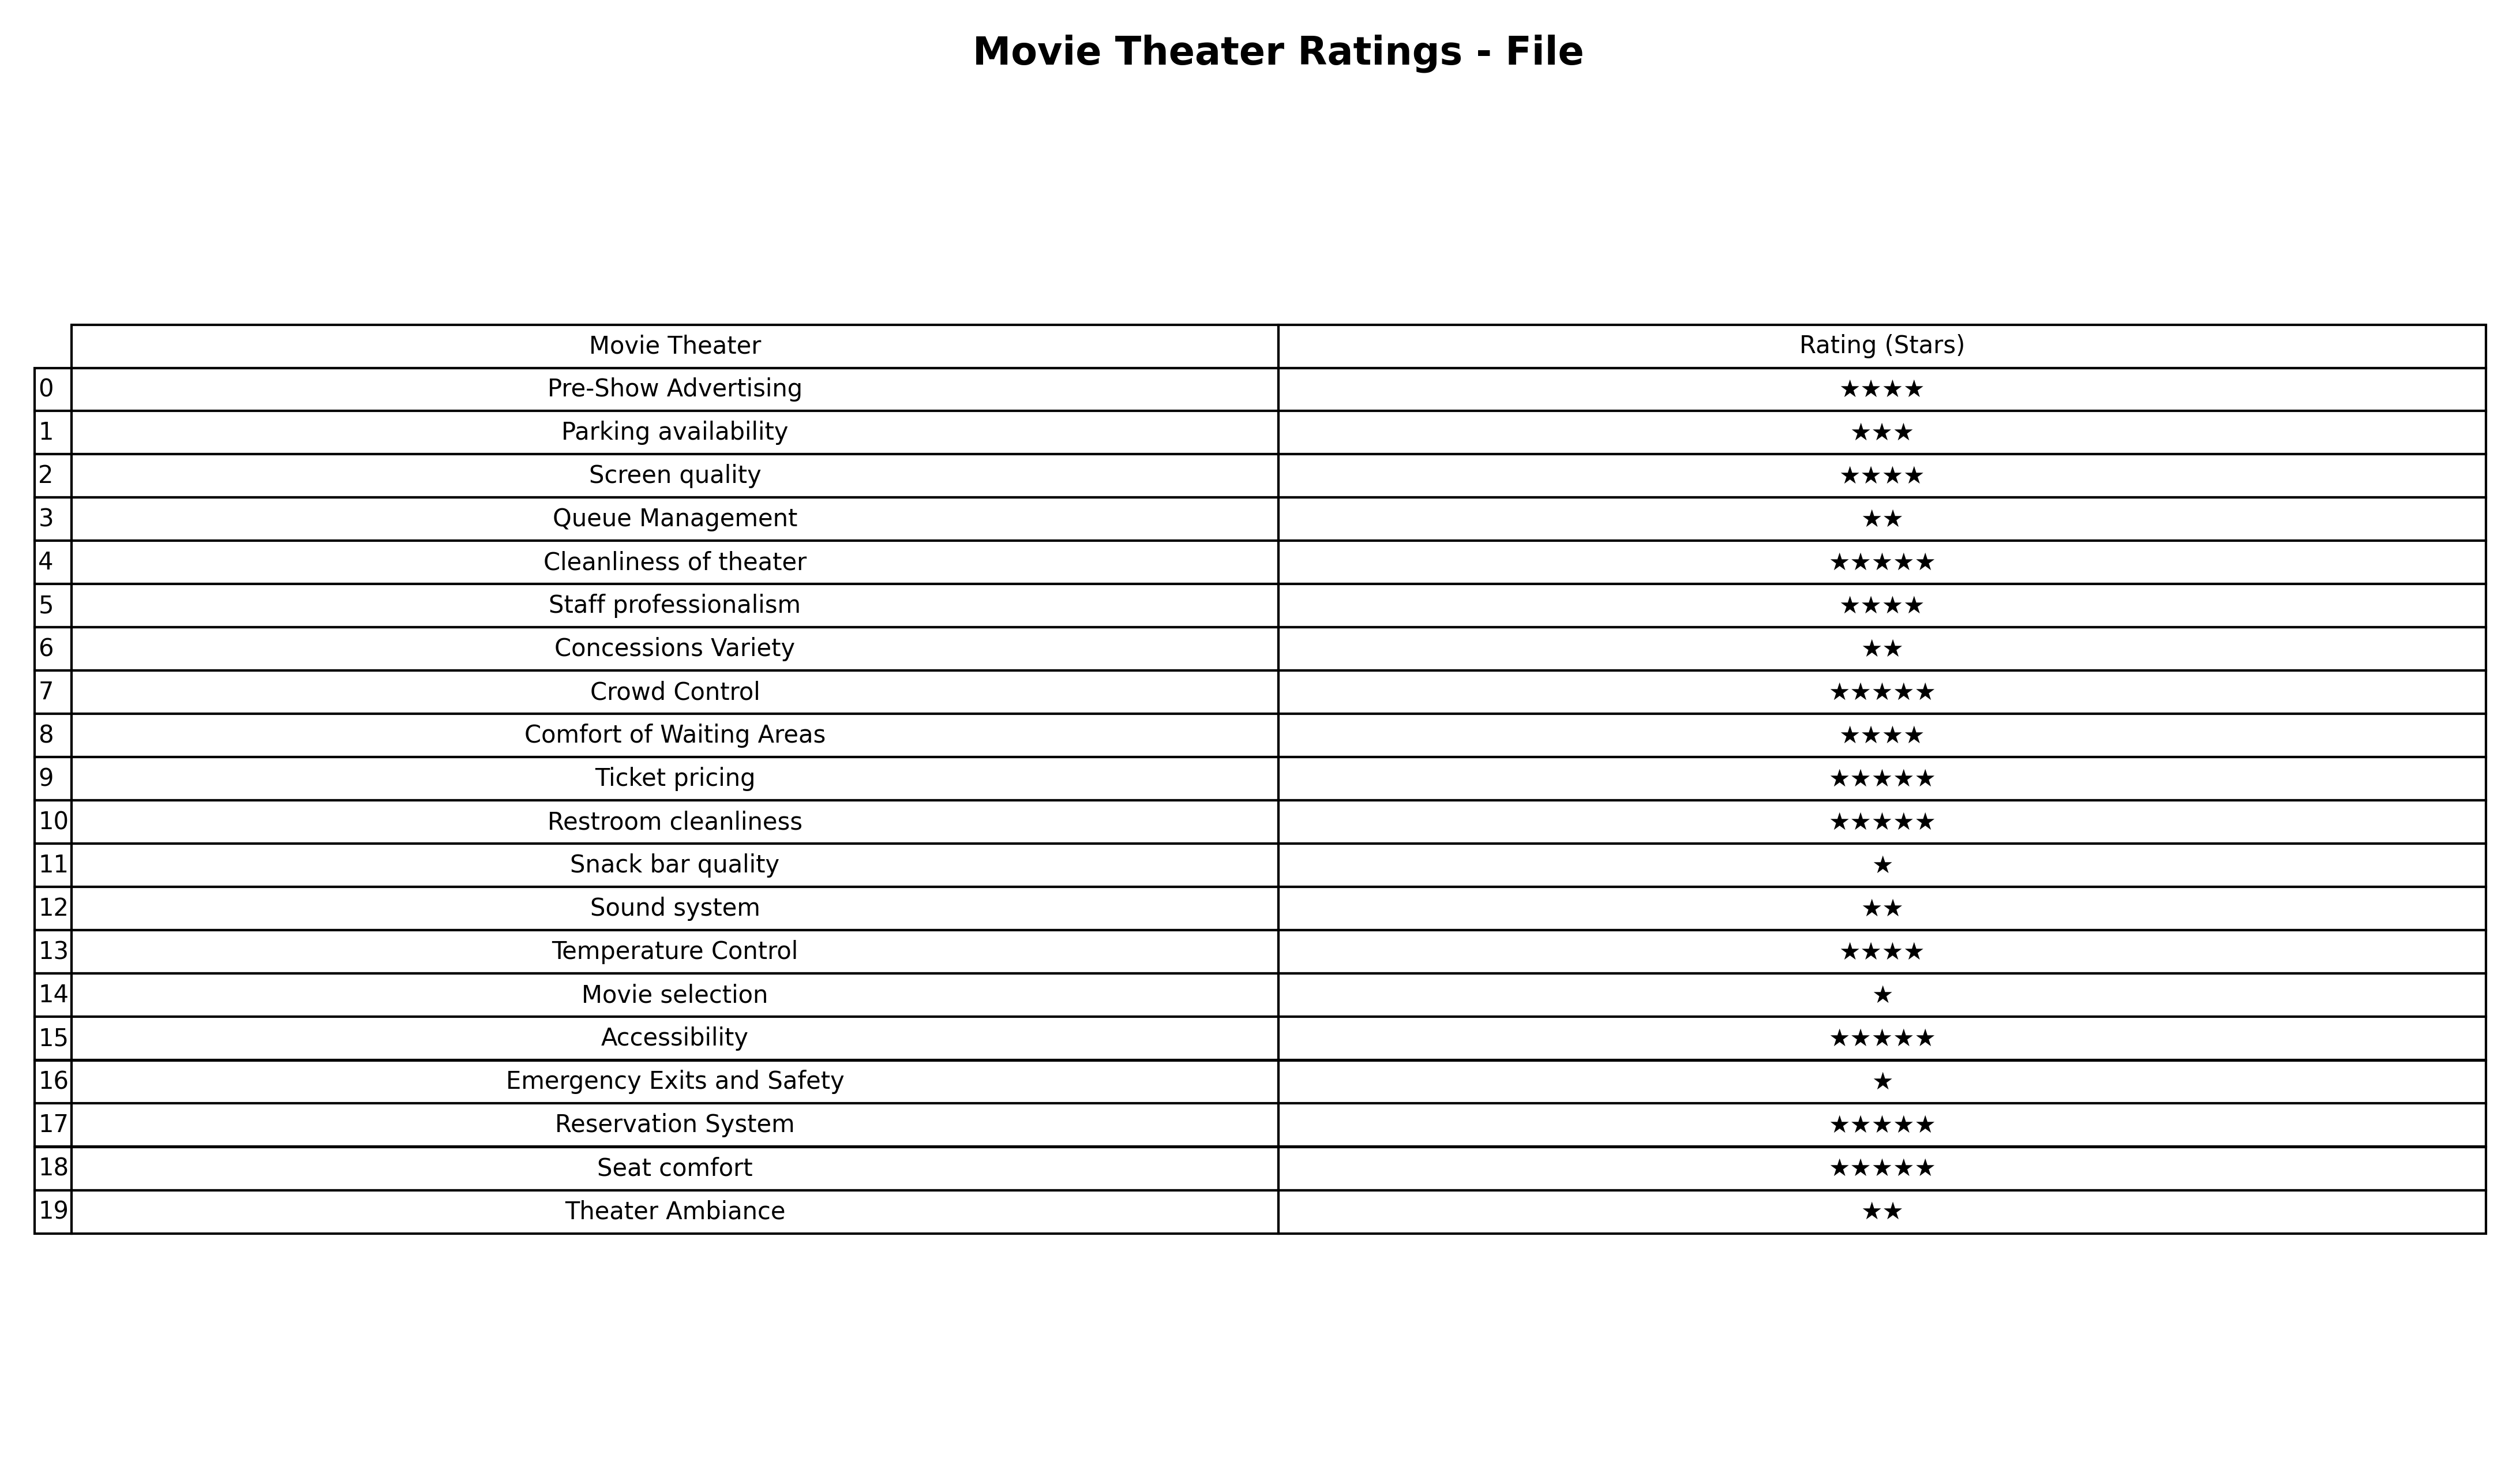
question: What are two star services?
answer: Queue ManagementConcessions VarietySound systemTheater Ambiance